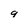
Character: 9